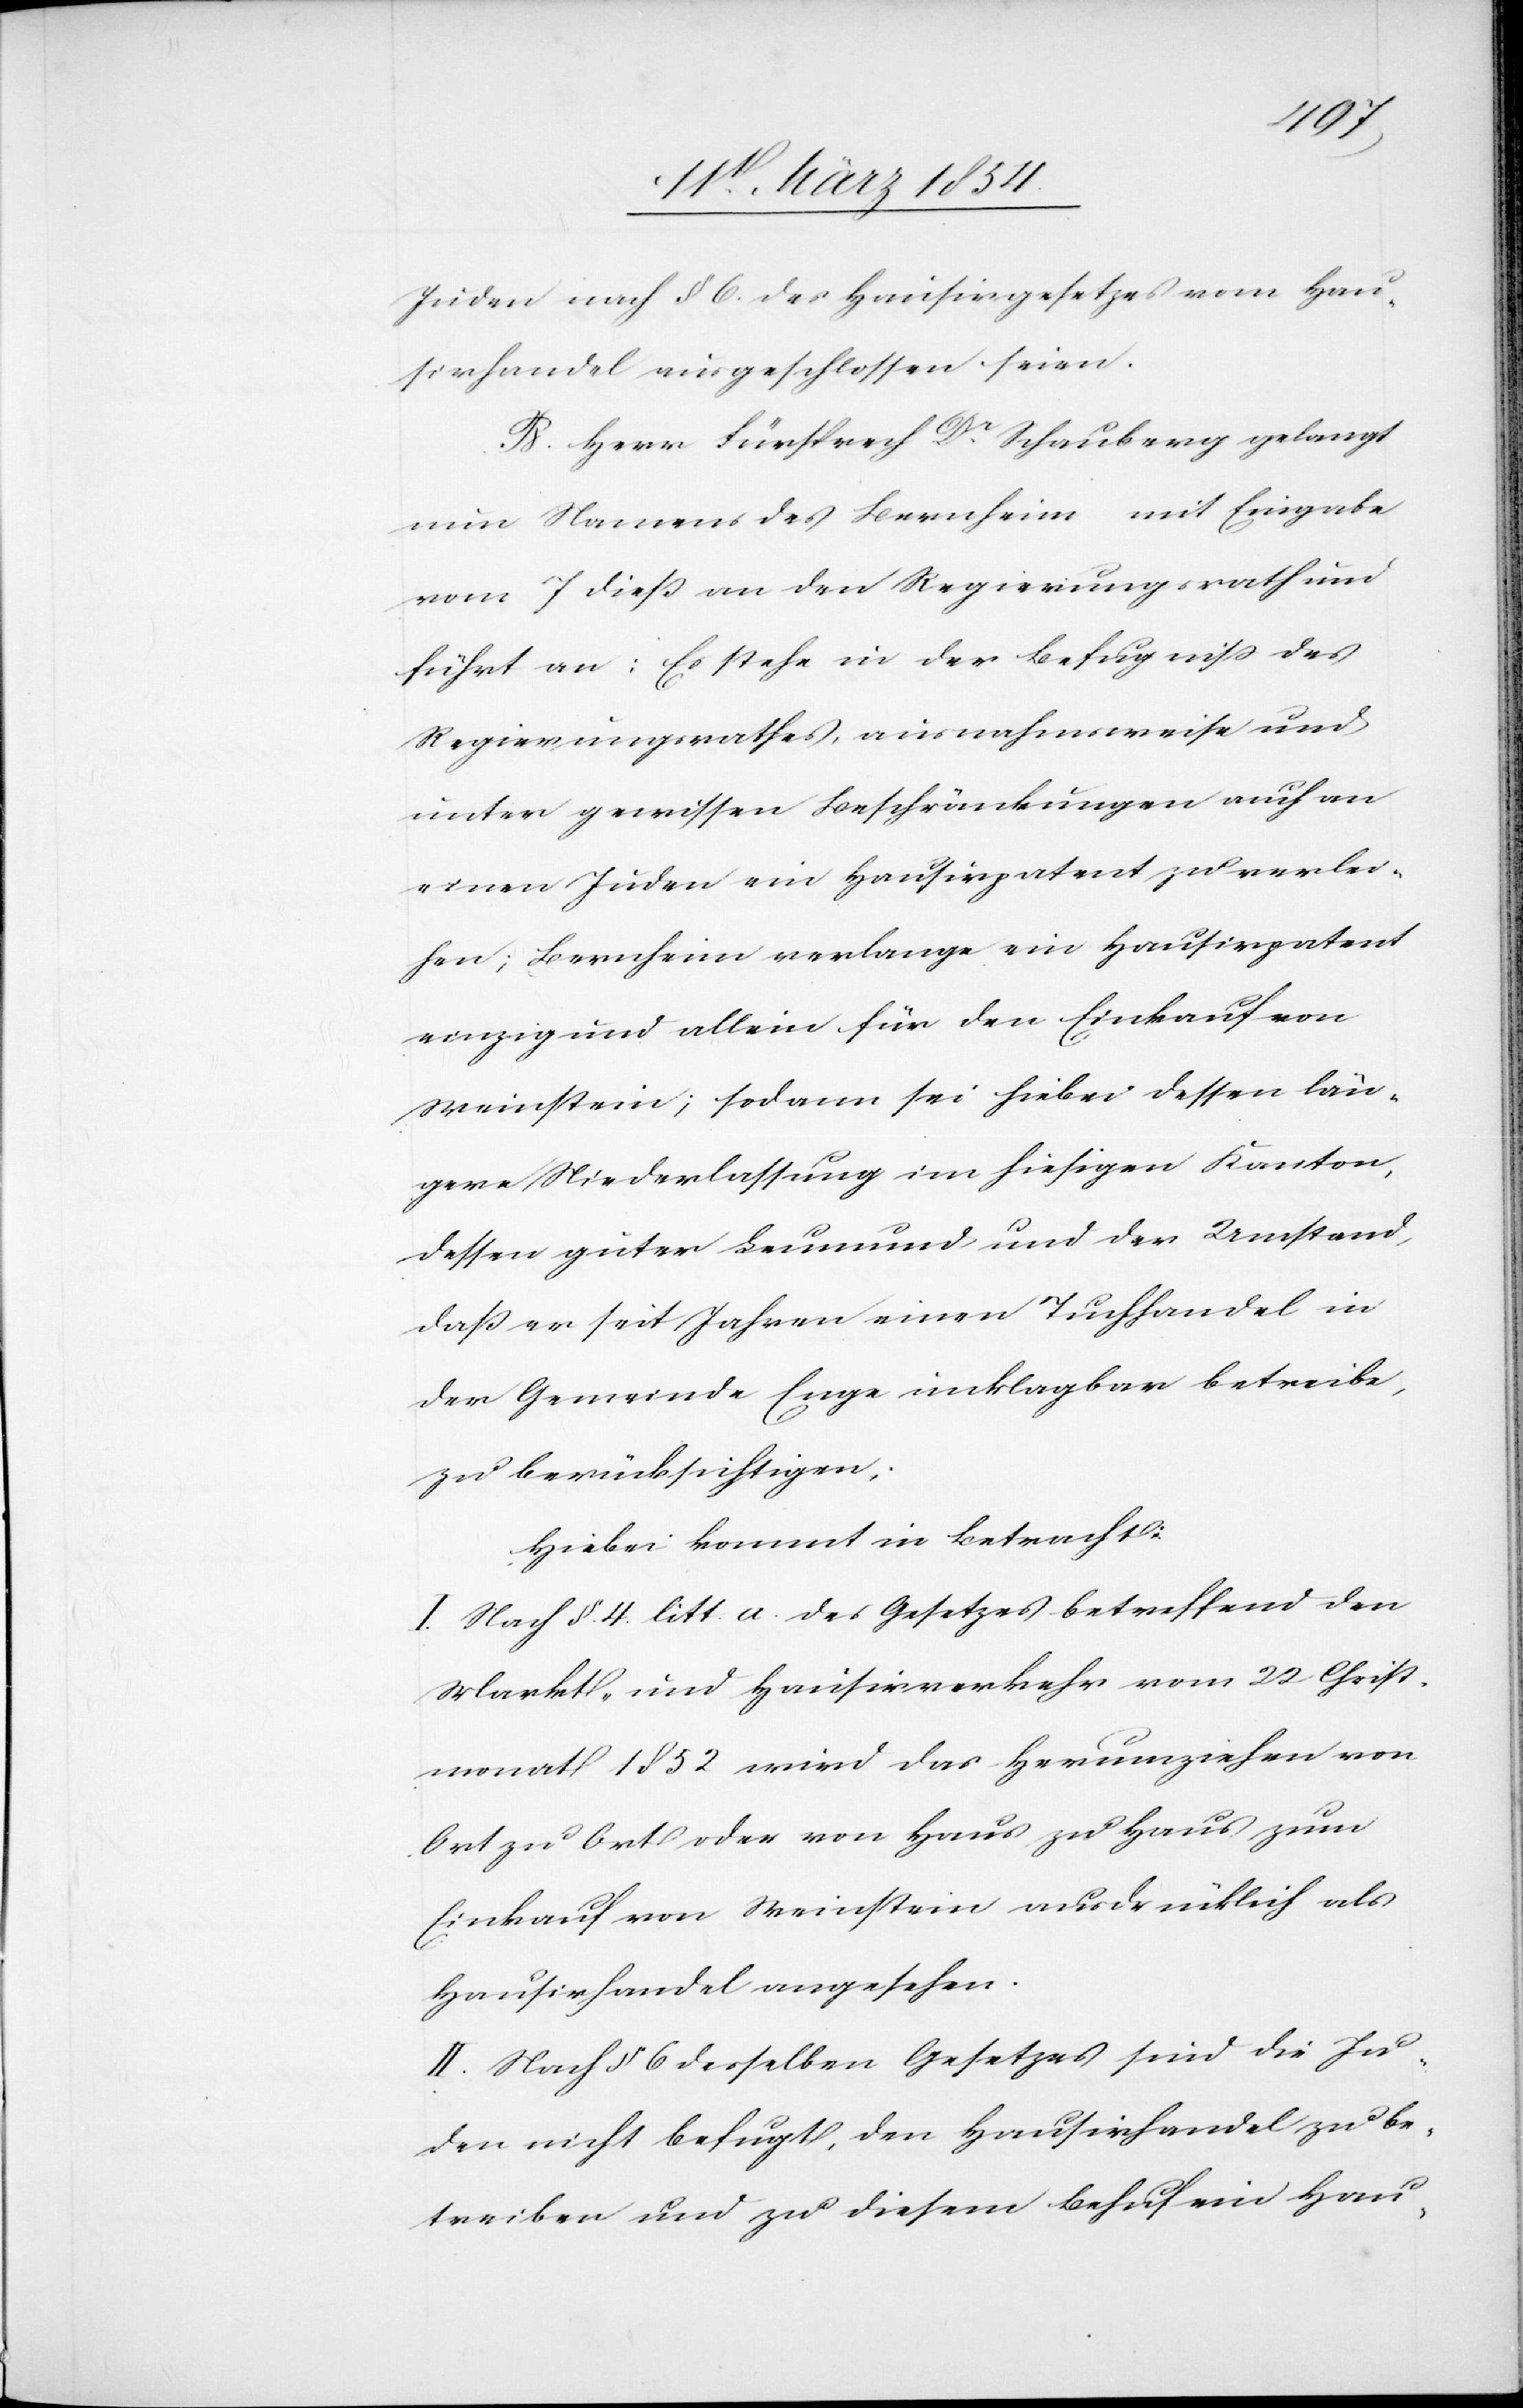
Juden nach § 6. des Hausirgesetzes vom Hau¬
sirhandel ausgeschlossen seien.
B. Herr Fürsprech Dr Schauberg gelangt
nun Namens des Bernheim mit Eingabe
vom 7 dieß an den Regierungsrath und
führt an: Es stehe in der Befugniß des
Regierungsrathes, ausnahmsweise und
unter gewissen Beschränkungen auch an
einen Juden ein Hausirpatent zu verlei¬
hen; Bernheim verlange ein Hausirpatent
einzig und allein für den Einkauf von
Weinstein; sodann sei lieber dessen län¬
gere Niederlassung im hiesigen Kanton,
dessen guter Leumund und der Umstand,
daß er seit Jahren einen Tuchhandel in
der Gemeinde Enge unklagbar betreibe,
zu berücksichtigen;
Hiebei kommt in Betracht:
I. Nach §. 4. litt. a. des Gesetzes betreffend den
Markt- und Hausirverkehr vom 22 Christ¬
monat 1852 wird das Herumziehen von
Ort zu Ort oder von Haus zu Haus zum
Einkauf von Weinstein ausdrücklich als
Hausirhandel angesehen.
II. Nach § 6 desselben Gesetzes sind die Ju¬
den nicht befugt, den Hausirhandel zu be¬
treiben und diesem Behuf ein Hau-